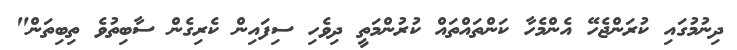
ދިނުމުގައި ކުރަންޖެހޭ އެންމެހާ ކަންތައްތައް ކުރުންމަތީ ދިވެހި ސިފައިން ކެރިގެން ސާބިތުވެ ތިބިތަން"